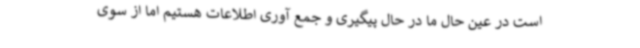
است در عین حال ما در حال پیگیری و جمع آوری اطلاعات هستیم اما از سوی